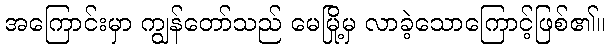
အကြောင်းမှာ ကျွန်တော်သည် မေမြို့မှ လာခဲ့သောကြောင့်ဖြစ်၏။